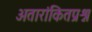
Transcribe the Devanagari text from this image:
अतारांकितप्रश्न